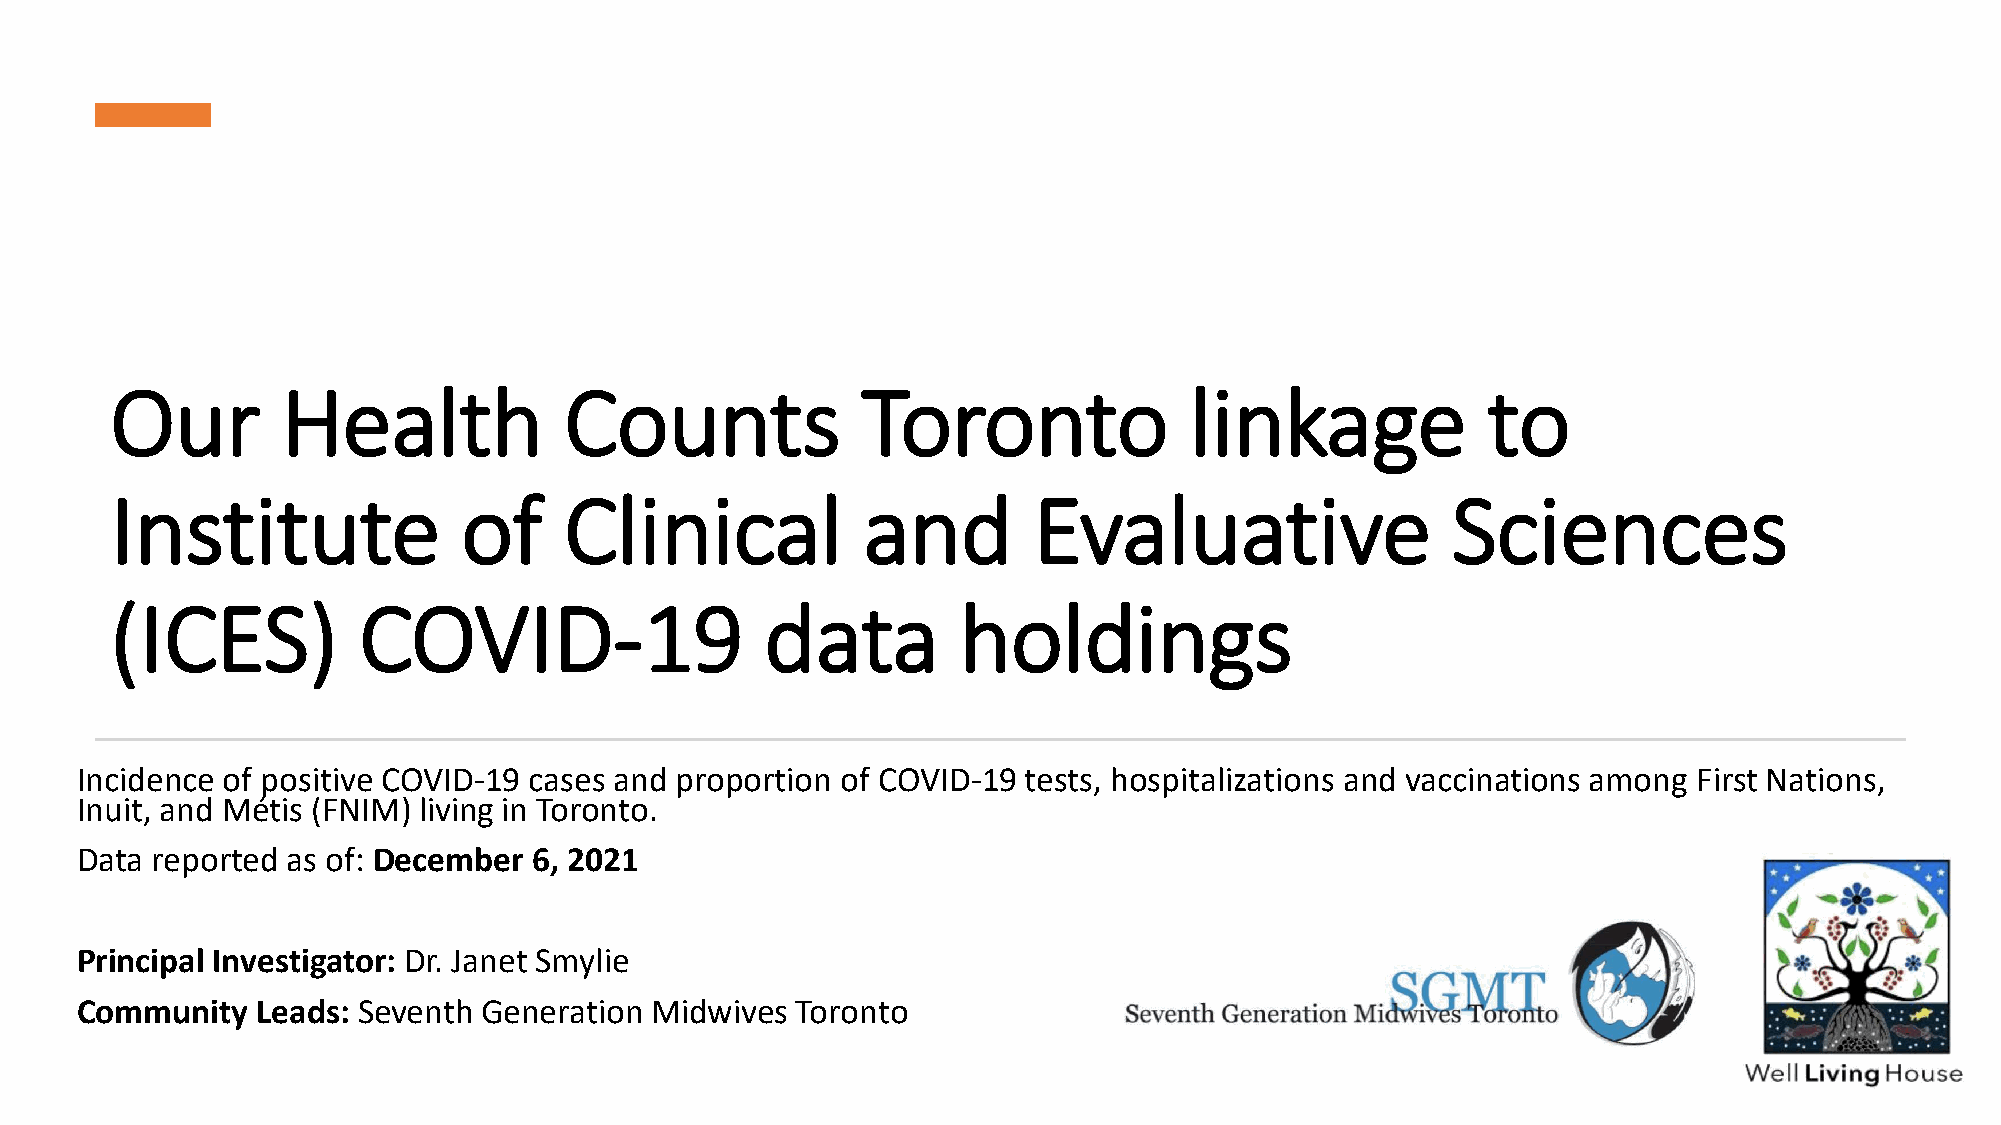
Our         Health            Counts              Toronto               linkage            to
 Institute               of    Clinical            and        Evaluative                  Sciences
 (ICES)           COVID-19                   data        holdings
 Incidence of positive COVID-19 cases and proportion of COVID-19 tests, hospitalizations and vaccinations among First Nations,
 Inuit, and Métis (FNIM) living in Toronto.
 Data reported as of: December 6, 2021
 Principal Investigator: Dr. Janet Smylie
 Community   Leads: Seventh Generation Midwives  Toronto